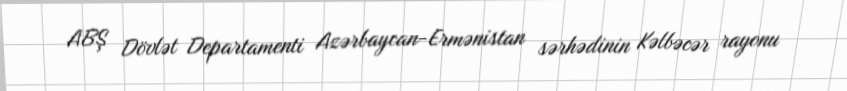
ABŞ Dövlət Departamenti Azərbaycan-Ermənistan sərhədinin Kəlbəcər rayonu